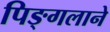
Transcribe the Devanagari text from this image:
पिङ्गलाने